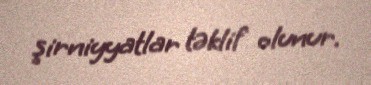
şirniyyatlar təklif olunur.